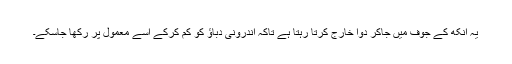
یہ آنکھ کے جوف میں جاکر دوا خارج کرتا رہتا ہے تاکہ اندرونی دباؤ کو کم کرکے اسے معمول پر رکھا جاسکے۔